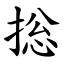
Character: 捴